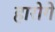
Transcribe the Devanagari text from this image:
हारोगे